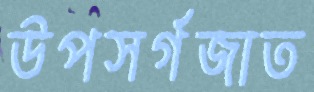
উপসর্গজাত